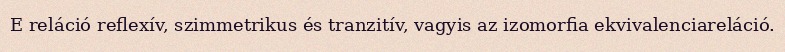
E reláció reflexív, szimmetrikus és tranzitív, vagyis az izomorfia ekvivalenciareláció.